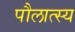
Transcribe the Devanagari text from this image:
पौलात्स्य